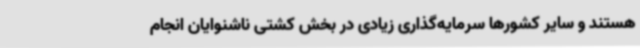
هستند و سایر کشورها سرمایه‌گذاری زیادی در بخش کشتی ناشنوایان انجام